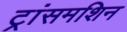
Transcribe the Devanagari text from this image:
ट्रांसमशिन